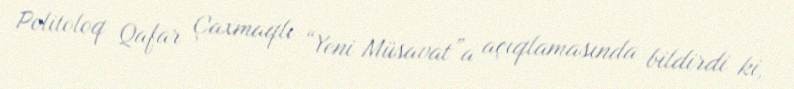
Politoloq Qafar Çaxmaqlı “Yeni Müsavat”a açıqlamasında bildirdi ki,